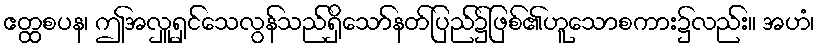
ဧတ္ထစပန၊ ဤအလှူရှင်သေလွန်သည်ရှိသော်နတ်ပြည်၌ဖြစ်၏ဟူသောစကား၌လည်း။ အဟံ၊